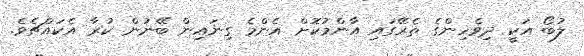
ލުބޯ އަކީ ދިވެހިންގެ ތެރޭގައި އާންމުކޮށް އެންމެ ގިނައިން ބޭނުން ކުރާ އެކައްޗެވެ.